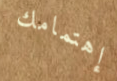
إهتمامك